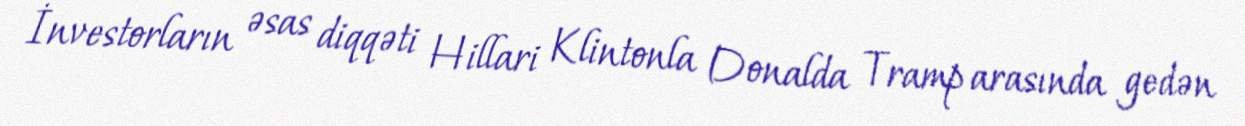
İnvestorların əsas diqqəti Hillari Klintonla Donalda Tramp arasında gedən